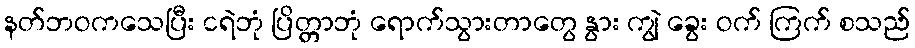
နတ်ဘဝကသေပြီး ငရဲဘုံ ပြိတ္တာဘုံ ရောက်သွားတာတွေ နွား ကျွဲ ခွေး ဝက် ကြက် စသည်